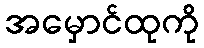
အမှောင်ထုကို